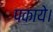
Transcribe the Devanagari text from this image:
पकाये।